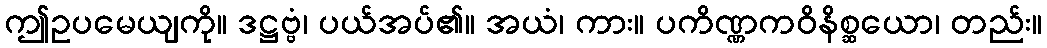
ဤဥပမေယျကို။ ဒဋ္ဌဗ္ဗံ၊ ပယ်အပ်၏။ အယံ၊ ကား။ ပကိဏ္ဏကဝိနိစ္ဆယော၊ တည်း။